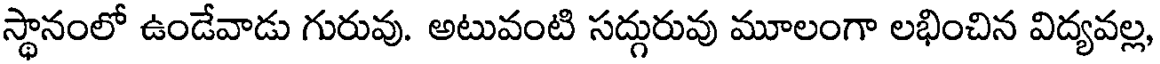
స్థానంలో ఉండేవాడు గురువు. అటువంటి సద్గురువు మూలంగా లభించిన విద్యవల్ల